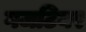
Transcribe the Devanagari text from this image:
गजटियर